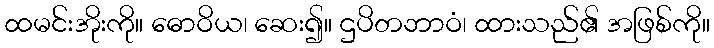
ထမင်းအိုးကို။ ဓောဝိယ၊ ဆေး၍။ ဌပိတဘာဝံ၊ ထားသည်၏ အဖြစ်ကို။